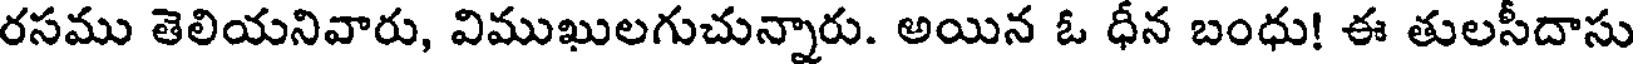
రసము తెలియనివారు, విముఖులగుచున్నారు. అయిన ఓ ధీన బంధు! ఈ తులసీదాసు